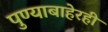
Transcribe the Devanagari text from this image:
पुण्याबाहेरही